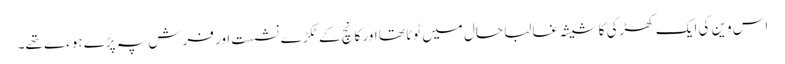
اس وین کی ایک کھڑکی کا شیشہ غالبا حال میں ٹوٹا تھا اور کانچ کے ٹکڑے نشست اور فرش پہ پڑے ہوءے تھے۔